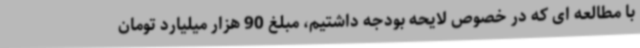
با مطالعه ای که در خصوص لایحه بودجه داشتیم، مبلغ 90 هزار میلیارد تومان